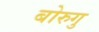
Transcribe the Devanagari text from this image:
बोरुगु